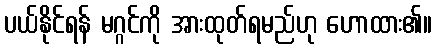
ပယ်နိုင်ရန် မဂ္ဂင်ကို အားထုတ်ရမည်ဟု ဟောထား၏။